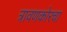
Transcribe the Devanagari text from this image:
त्रावणकोरचा